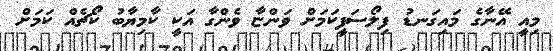
މިއީ އޭނާގެ މައިގަނޑު ފިލޯސަފީކަމަށް ވަންޏާ ވެންގާ އަކީ ކާމިޔާބު ކޯޗެއް ކަމަށް